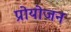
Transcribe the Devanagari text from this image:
प्रोयोजन